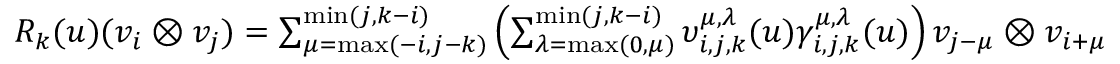
\begin{array} { r } { R _ { k } ( u ) ( v _ { i } \otimes v _ { j } ) = \sum _ { \mu = \operatorname* { m a x } ( - i , j - k ) } ^ { \operatorname* { m i n } ( j , k - i ) } \left( \sum _ { \lambda = \operatorname* { m a x } ( 0 , \mu ) } ^ { \operatorname* { m i n } ( j , k - i ) } \upsilon _ { i , j , k } ^ { \mu , \lambda } ( u ) \gamma _ { i , j , k } ^ { \mu , \lambda } ( u ) \right) v _ { j - \mu } \otimes v _ { i + \mu } } \end{array}